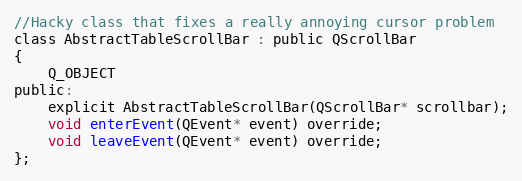
Language: C
//Hacky class that fixes a really annoying cursor problem
class AbstractTableScrollBar : public QScrollBar
{
    Q_OBJECT
public:
    explicit AbstractTableScrollBar(QScrollBar* scrollbar);
    void enterEvent(QEvent* event) override;
    void leaveEvent(QEvent* event) override;
};